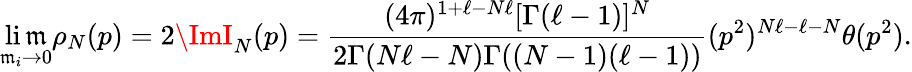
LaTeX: \operatorname*{li\mathfrak{m}}_{\mathfrak{m}_{i}\rightarrow0}\rho_{N}(p)=2\ImI_{N}(p)=\frac{{(4\pi)^{1+\ell-N\ell}[\Gamma(\ell-1)]^{N}}}{{2\Gamma(N\ell-N)\Gamma((N-1)(\ell-1))}}(p^{2})^{N\ell-\ell-N}\theta(p^{2}).